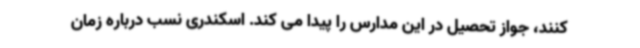
کنند، جواز تحصیل در این مدارس را پیدا می کند. اسکندری نسب درباره زمان